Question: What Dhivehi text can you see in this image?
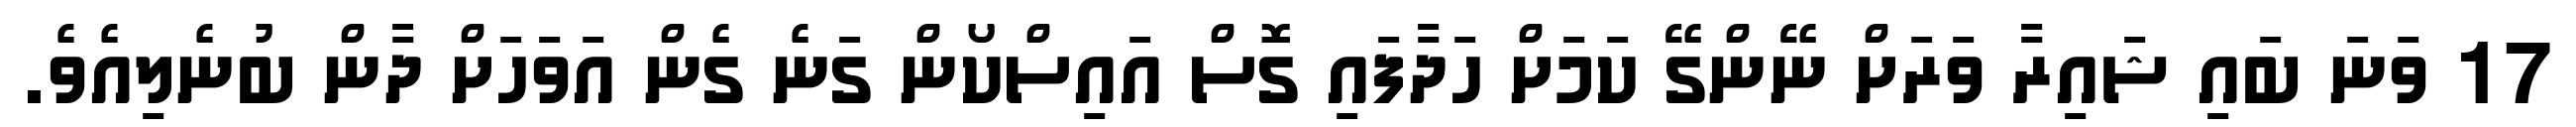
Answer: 17 ވަނަ ބައި ޝައިރާ ވަރަށް ނޭންގޭ ކަމަށް ހަދާފައި ގޮސް އައިސްކޯން ގަނެ ގެން އަވަހަށް ދާން ބުނެލިއެވެ.